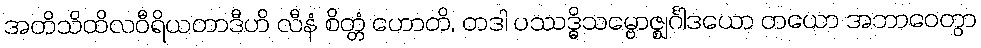
အတိသိထိလဝီရိယတာဒီဟိ လီနံ စိတ္တံ ဟောတိ, တဒါ ပဿဒ္ဓိသမ္ဗောဇ္ဈင်္ဂါဒယော တယော အဘာဝေတွာ